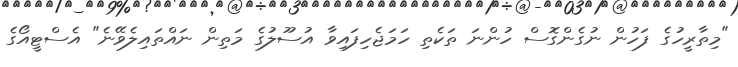
"މިތާރީހުގެ ފަހުން ނުގެންގޮސް ހުންނަ ތަކެތި ހަމަޖެހިފައިވާ އުސޫލުގެ މަތިން ނައްތައިލެވޭނެ" އެސްޓީއޯގެ